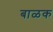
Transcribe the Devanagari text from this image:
बाळक